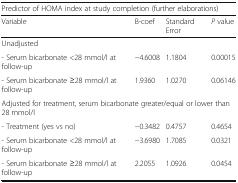
| <COLSPAN=4> Predictor of HOMA index at study completion (further elaborations) |
 | Variable | B-coef | Standard Error | P value |
 | --- | --- | --- | --- |
 | <COLSPAN=4> Unadjusted |
 | - Serum bicarbonate <28 mmol/l at follow-up | −4.6008 | 1.1804 | 0.00015 |
 | - Serum bicarbonate ≥28 mmol/l at follow-up | 1.9360 | 1.0270 | 0.06146 |
 | <COLSPAN=4> Adjusted for treatment, serum bicarbonate greater/equal or lower than 28 mmol/l |
 | - Treatment (yes vs no) | −0.3482 | 0.4757 | 0.4654 |
 | - Serum bicarbonate <28 mmol/l at follow-up | −3.6980 | 1.7085 | 0.0321 |
 | - Serum bicarbonate ≥28 mmol/l at follow-up | 2.2055 | 1.0926 | 0.0454 |